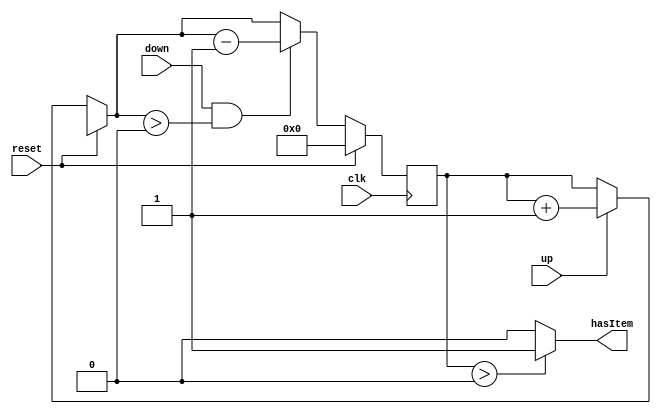
module countTrue (clk, reset, up, down, hasItem);

   input   clk, up, down, reset;
   output hasItem;
	reg [31:0] count;
	reg hasItem;


   always @ (posedge clk) begin
		if(reset) begin
			count <= 0;
		end else begin
			if(up) begin
				count = count + 1;
			end
			if(down && count > 0) begin
				count = count - 1;
			end
		end	
   end
	
	always @(count) begin
		hasItem = (count > 0) ? 1 : 0;
	end

	
endmodule